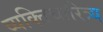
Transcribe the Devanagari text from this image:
व्यक्तिचारित्र्य